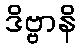
ဒိဗ္ဗာနိ